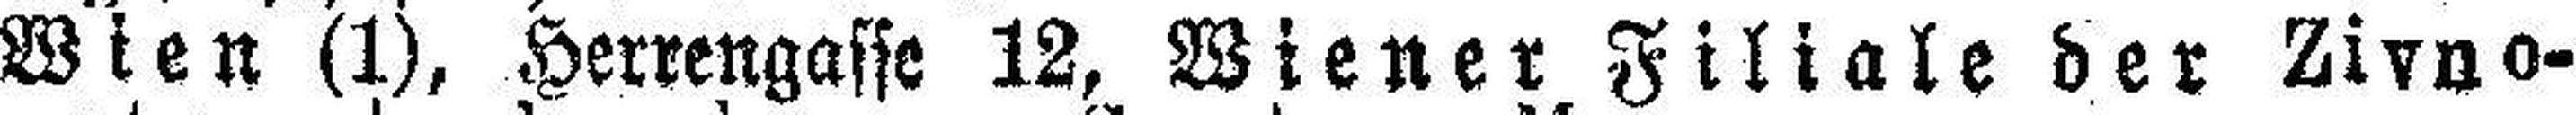
Wien (1), Herrengasse 12, Wiener Filiale der Zivno¬